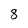
Character: 8